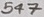
Text: 547